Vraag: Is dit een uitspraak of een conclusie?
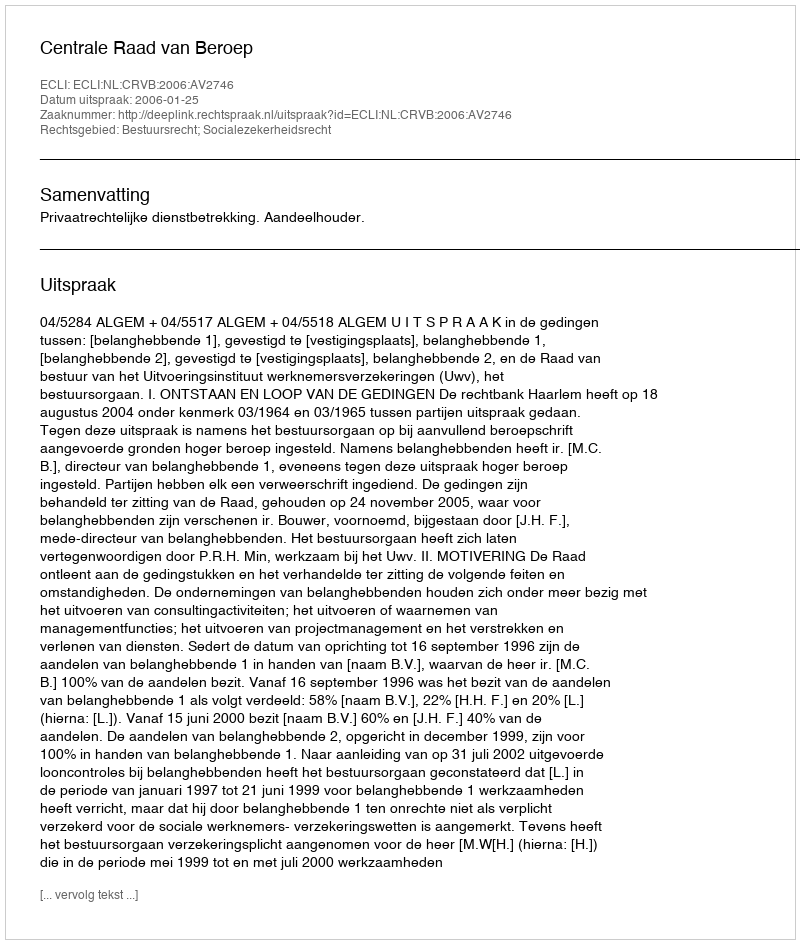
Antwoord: Uitspraak